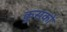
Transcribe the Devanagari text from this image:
कुसको